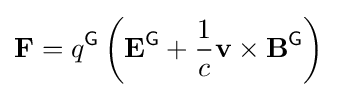
\mathbf {F} =q^{\textsf {G}}\left(\mathbf {E} ^{\textsf {G}}+{\frac {1}{c}}\mathbf {v} \times \mathbf {B} ^{\textsf {G}}\right)